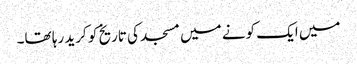
میں ایک کونے میں مسجد کی تاریخ کو کرید رہا تھا۔